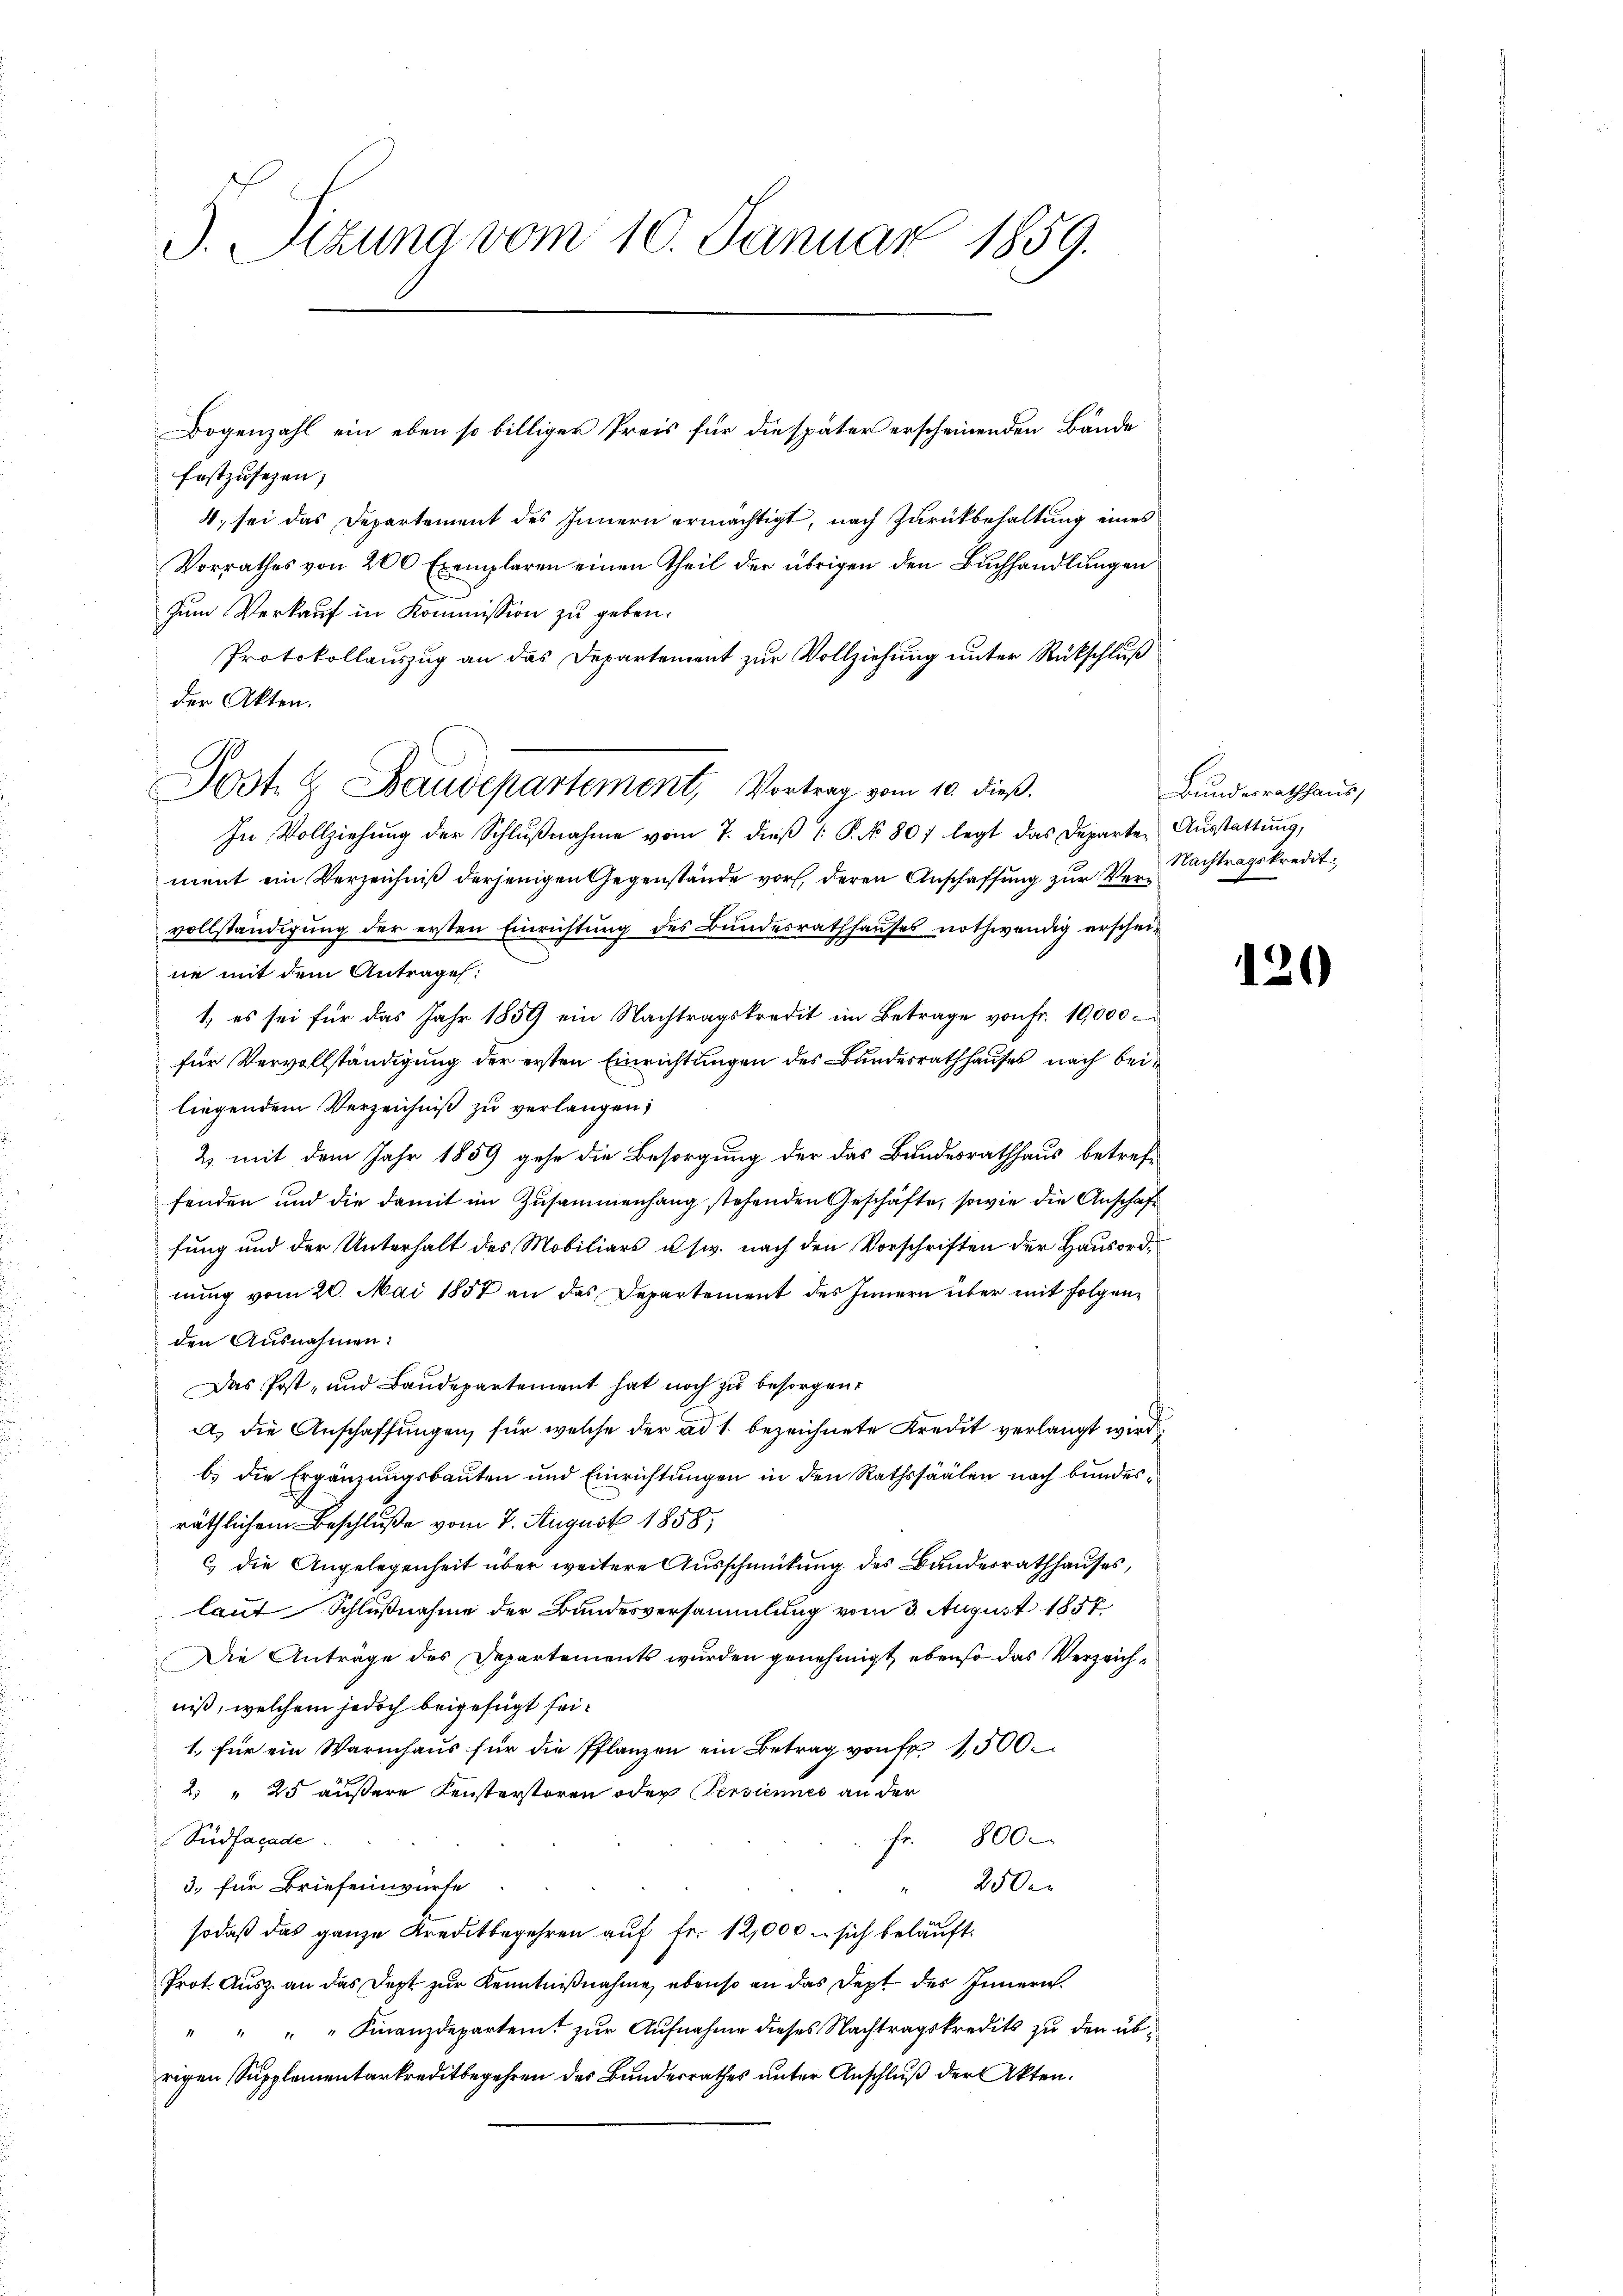
J. Sizung vom 10. Januar 1859.

festzusehen;
4. sei das Departement des Innern ermächtigt, nach Zurückbehaltung eines
Vorrathes von 200 Exemplaren einen Theil der übrigen den Buchhandlungen
zum Verkauf in Kommission zu geben.
Protokollauszug an das Departement zur Vollziehung unter Rückschluß
der Akten.
In Vollziehŭng der Schlŭβnahme vom 7. diβ (: P. No 807 legt das Departe Aŭsstattŭng,
ment ein Verzeichniß derjenigen Gegenstände vor, deren Anschaffung zur Vervollständigung der ersten Einrichtung des Bundesrathhauses nothwendig erscheine mit dem Antrage:
1. es sei für das Jahr 1859 ein Nachtragskredit im Betrage von fr. 10,000.
für Vervollständigung der ersten Einrichtungen des Bundesrathhauses nach bei
liegendem Verzeichniß zu verlangen;
2 mit dem Jahr 1859 gehe die Besorgung der das Bundesrathhaus betreffenden und die damit im Zusammenhang stehenden Geschäfte, sowie die Anschaft
fung und der Unterhalt des Mobiliars usw. nach den Vorschriften der Hausordnung vom 20. Mai 1857 an das Departement des Innern über mit folgenden Ausnahmen:
Das Post- und Baudepartement hat noch zu besorgen.
a. die Anschaffungen, für welche der ad 1. bezeichnete Kredit verlangt wird.
b) die Ergänzungsbauten und Einrichtungen in den Rathssäälen nach bundesräthlichem Beschluße vom 7. August 1858,
c die Angelegenheit über weitere Ausschmütung des Bundesrathhauses,
laut Schlußnahme der Bandesversammlung vom 3. August 1857
Die Anträge des Departements wurden genehmigt, ebenso das Verzeichniß, welchem jedoch beigefügt sei¬
1. für ein Warmhaŭs für die Pflanzen ein Betrag von fr. 1500.
2 " 25 äußere Fensterstören oder Persiennes an der
Sidfacade
fr. 800
250
3. für Briefenwürfe
1
sodaß das ganze Kreditbegehren aŭf fr. 12,000 - sich beläuft.
Prot. Ausz. an das Dept zur Kenntnißnahme, ebenso an das Dept des Innern.
" " " " Finanzdepartemt zur Aufnahme dieses Nachtragskredits zu den übrigen Supplementarkreditbegehren des Bundesrathes unter Anschluß der Akten.

Post. 2. Baudepartement, Vortrag vom 10. dieß.

Bogenzahl ein eben so billiger Preis für die später erscheinenden Bände

Bundesrathhaus,
Nachtragskredit.

120